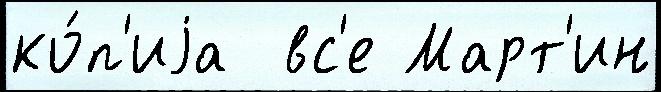
ко́п'иjа  вс'е Март'ин